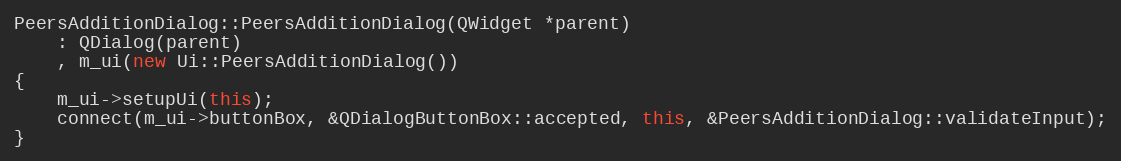
Language: C++
PeersAdditionDialog::PeersAdditionDialog(QWidget *parent)
    : QDialog(parent)
    , m_ui(new Ui::PeersAdditionDialog())
{
    m_ui->setupUi(this);
    connect(m_ui->buttonBox, &QDialogButtonBox::accepted, this, &PeersAdditionDialog::validateInput);
}